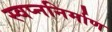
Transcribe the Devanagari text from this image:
स्वप्ननिर्माण